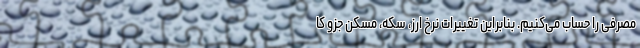
مصرفی را حساب می‌کنیم. بنابراین تغییرات نرخ ارز، سکه، مسکن جزو کا